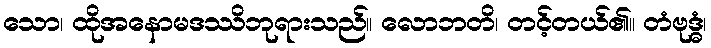
သော၊ ထိုအနောမဒဿိဘုရားသည်။ လောဘတိ၊ တင့်တယ်၏။ တံဗုဒ္ဓံ၊